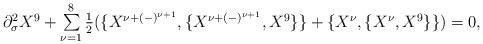
LaTeX: \begin{align*}\begin{array}{lcr}\partial_{\sigma}^2X^9+ \sum\limits_{\nu=1}^8{1\over 2}(\{X^{\nu+(-)^{\nu+1}},\{X^{\nu+(-)^{\nu+1}},X^9\}\}+\{X^{\nu},\{X^{\nu},X^9\}\})=0,\end{array}\end{align*}